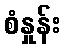
စံနှုန်း